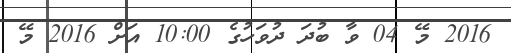
2016 މޭ 04 ވާ ބުދަ ދުވަހުގެ 10:00 އަށް 2016 މޭ